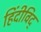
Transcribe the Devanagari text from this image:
हिंदीविद्‍